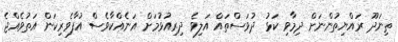
ތިނަދޫ ރައްޔިތުންނަށް ދިމާވި ކަޅު ދުވަސްތައް އަލިވެ ދިރިއުޅުމަށް އަނެއްކާވެސް އުފާވެރިކަން އަތުވެއްޖެ